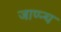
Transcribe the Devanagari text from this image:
जाण्न्च